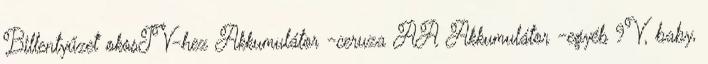
Billentyűzet okosTV-hez Akkumulátor -ceruza AA Akkumulátor -egyéb 9V, baby,